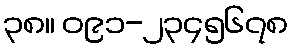
၃၈။ ၀၉၁-၂၃၄၅၆၇၈